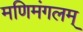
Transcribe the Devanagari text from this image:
मणिमंगलम्